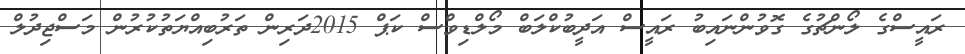
ރައީސްގެ ލޯންޗުގެ ގޮވުންނައިބު ރައީސް އަދީބުކްލަބް މޯލްޑިވްސް ކަޕް 2015ދަރިން ތަރުބިއްޔަތުކުރުން މަސްޖިދުލް